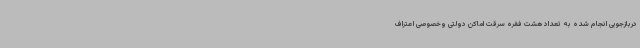
دربازجویی انجام شده به تعداد هشت فقره سرقت اماکن دولتی وخصوصی اعتراف